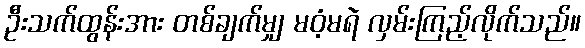
ဦးသက်ထွန်းအား တစ်ချက်မျှ မဝံ့မရဲ လှမ်းကြည့်လိုက်သည်။